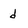
Character: d